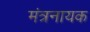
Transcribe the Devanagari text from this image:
मंत्रनायक